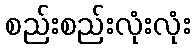
စည်းစည်းလုံးလုံး